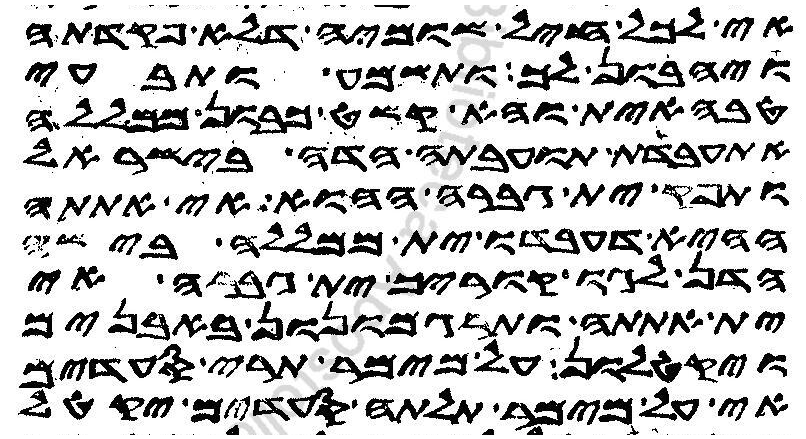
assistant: אי לכל חיל שומיה דלא פקדתה
ויהבון לך ותשמע ותבעי
טבהאית והא קשט כבון ממללה
אתעבדת תועבתה הדה בישראל
ותפק ית גברה ההוא אי ית אתתה
ההיא דעבדו ית ממללה בישה
הדן לגו קוריך ית גברה אי
ית אתתה ותרגמונון באבנים
ויקטלון על מימר תרי סעדים
אי על מימר תלתה סעדים יקטל